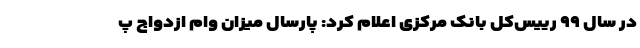
در سال ۹۹ رییس‌کل بانک مرکزی اعلام کرد: پارسال میزان وام ازدواج پ